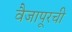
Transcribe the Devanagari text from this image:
वैजापूरची